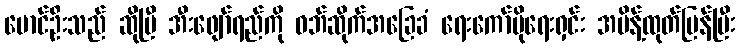
မောင်ဦးသည် ဆိုပြီ အီးဖျော်ရည်ကို ဝဘ်ဆိုက်အခြေခံ ရေးကော်ပိုရေးရှင်း အမိန့်ထုတ်ပြန်ပြီး